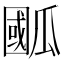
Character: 𭺙